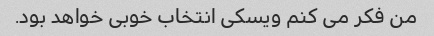
من فکر می کنم ویسکی انتخاب خوبی خواهد بود.